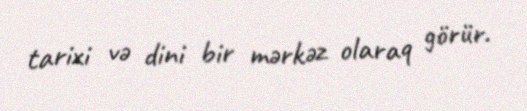
tarixi və dini bir mərkəz olaraq görür.